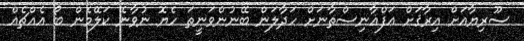
ސޫރިޔާއަށް އިރާޤަށް އަފްޣާނިސްތާނަށް ހަދާލަން ބޭނުންވަނީތަ ހެޔޮ ނުވާނެ ކަލޭމެން ބޯ އެއްޗެއް